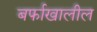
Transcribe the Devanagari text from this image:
बर्फाखालील